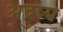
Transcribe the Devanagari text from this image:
अद्रुष्य